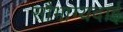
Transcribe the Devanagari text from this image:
सौभाग्यदाई